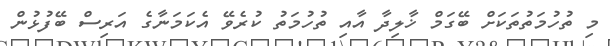
މި ތުހުމަތުތަކަށް ބޭގަމް ޚާލިދާ އާއި ތުހުމަތު ކުރެވޭ އެކަމަނާގެ އަރިސް ބޭފުޅުން